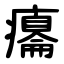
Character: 癟